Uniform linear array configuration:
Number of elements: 8
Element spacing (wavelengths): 0.5
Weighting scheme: exponential
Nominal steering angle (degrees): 30
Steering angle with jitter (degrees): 30.72
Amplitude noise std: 0.05
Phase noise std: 0.05

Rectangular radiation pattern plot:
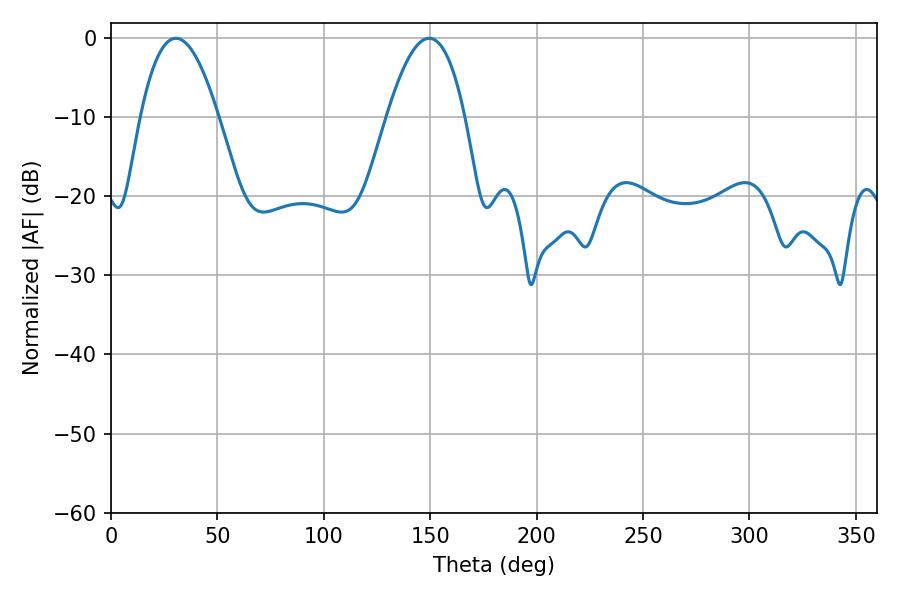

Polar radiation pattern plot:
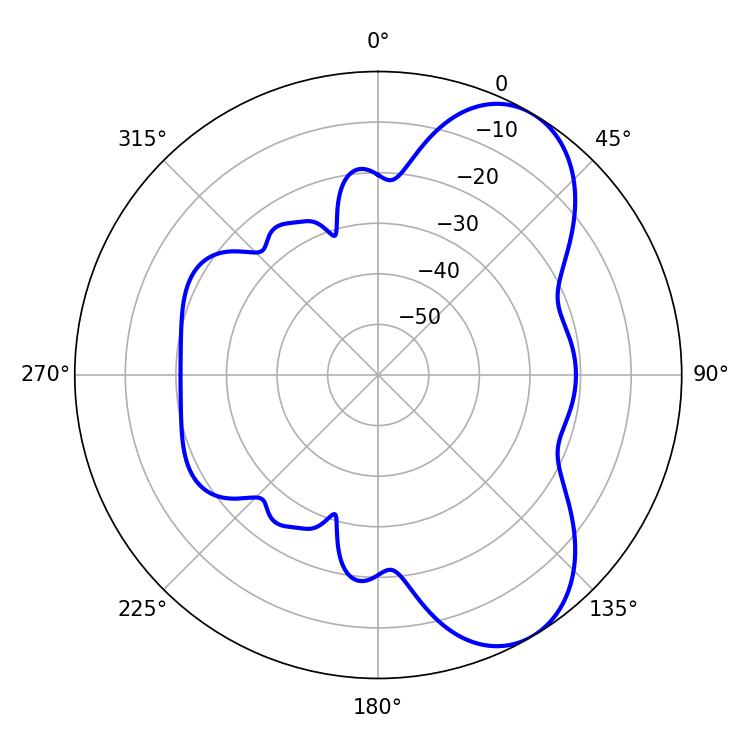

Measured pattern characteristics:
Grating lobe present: FALSE
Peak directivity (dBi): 7.177
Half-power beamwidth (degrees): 20.16
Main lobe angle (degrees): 30.42